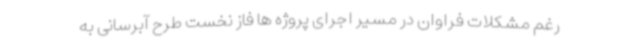
رغم مشکلات فراوان در مسیر اجرای پروژه ها فاز نخست طرح آبرسانی به